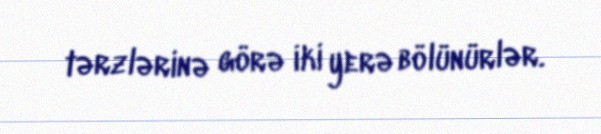
tərzlərinə görə iki yerə bölünürlər.